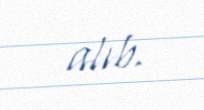
alıb.